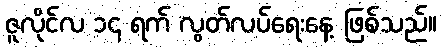
ဇူလိုင်လ ၁၄ ရက် လွတ်လပ်ရေးနေ့ ဖြစ်သည်။